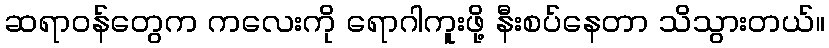
ဆရာဝန်တွေက ကလေးကို ရောဂါကူးဖို့ နီးစပ်နေတာ သိသွားတယ်။